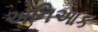
એનિઆક